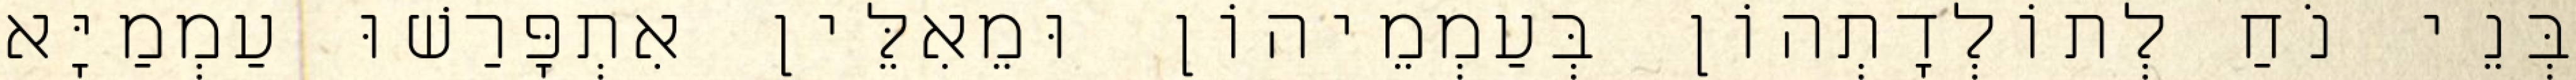
בְּנֵי נֹחַ לְתוֹלְדָתְהוֹן בְּעַמְמֵיהוֹן וּמֵאִלֵּין אִתְפָּרַשׁוּ עַמְמַיָּא